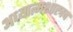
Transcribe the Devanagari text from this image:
अध्यात्मशास्त्रच